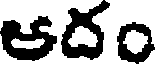
ఆదం